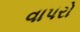
વાપરો